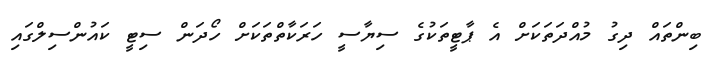
ބިންތައް ދިގު މުއްދަތަކަށް އެ ޕާޓީތަކުގެ ސިޔާސީ ހަރަކާތްތަކަށް ހޯދަން ސިޓީ ކައުންސިލްގައި